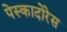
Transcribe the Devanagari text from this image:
पेस्कादोरेस